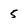
Character: 5